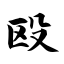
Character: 殴